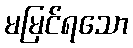
မမြင်ရသော